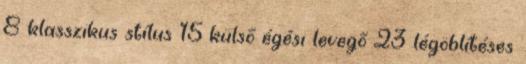
8 klasszikus stílus 15 külső égési levegő 23 légöblítéses